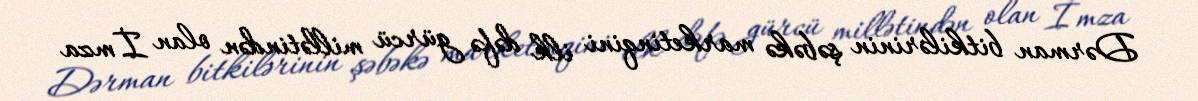
Dərman bitkilərinin şəbəkə marketinqini ilk dəfə gürcü millətindən olan İmza